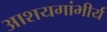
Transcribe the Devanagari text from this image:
आशयगांभीर्य